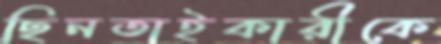
ছিনতাইকারীকে